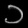
Digit: ၁